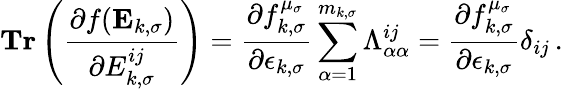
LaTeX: \textbf{Tr}\left(\frac{\partial f(\mathbf{E}_{k,\sigma})}{\partial{E}_{k,\sigma}^{ij}}\right)=\frac{\partial f_{k,\sigma}^{\mu_{\sigma}}}{\partial\epsilon_{k,\sigma}}\sum_{\alpha=1}^{m_{k,\sigma}}\Lambda_{\alpha\alpha}^{ij}=\frac{\partial f_{k,\sigma}^{\mu_{\sigma}}}{\partial\epsilon_{k,\sigma}}\delta_{ij}\, .